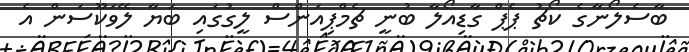
ބާސެލޯނާގެ ކޯޗު ޕެޕް ގާޑިއޯލާ ބުނީ ޗެމްޕިއަންސް ލީގުގައި ބަޔާ ލޭވަކޫސަން އެ